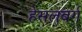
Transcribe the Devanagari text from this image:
हेसलबर्ग